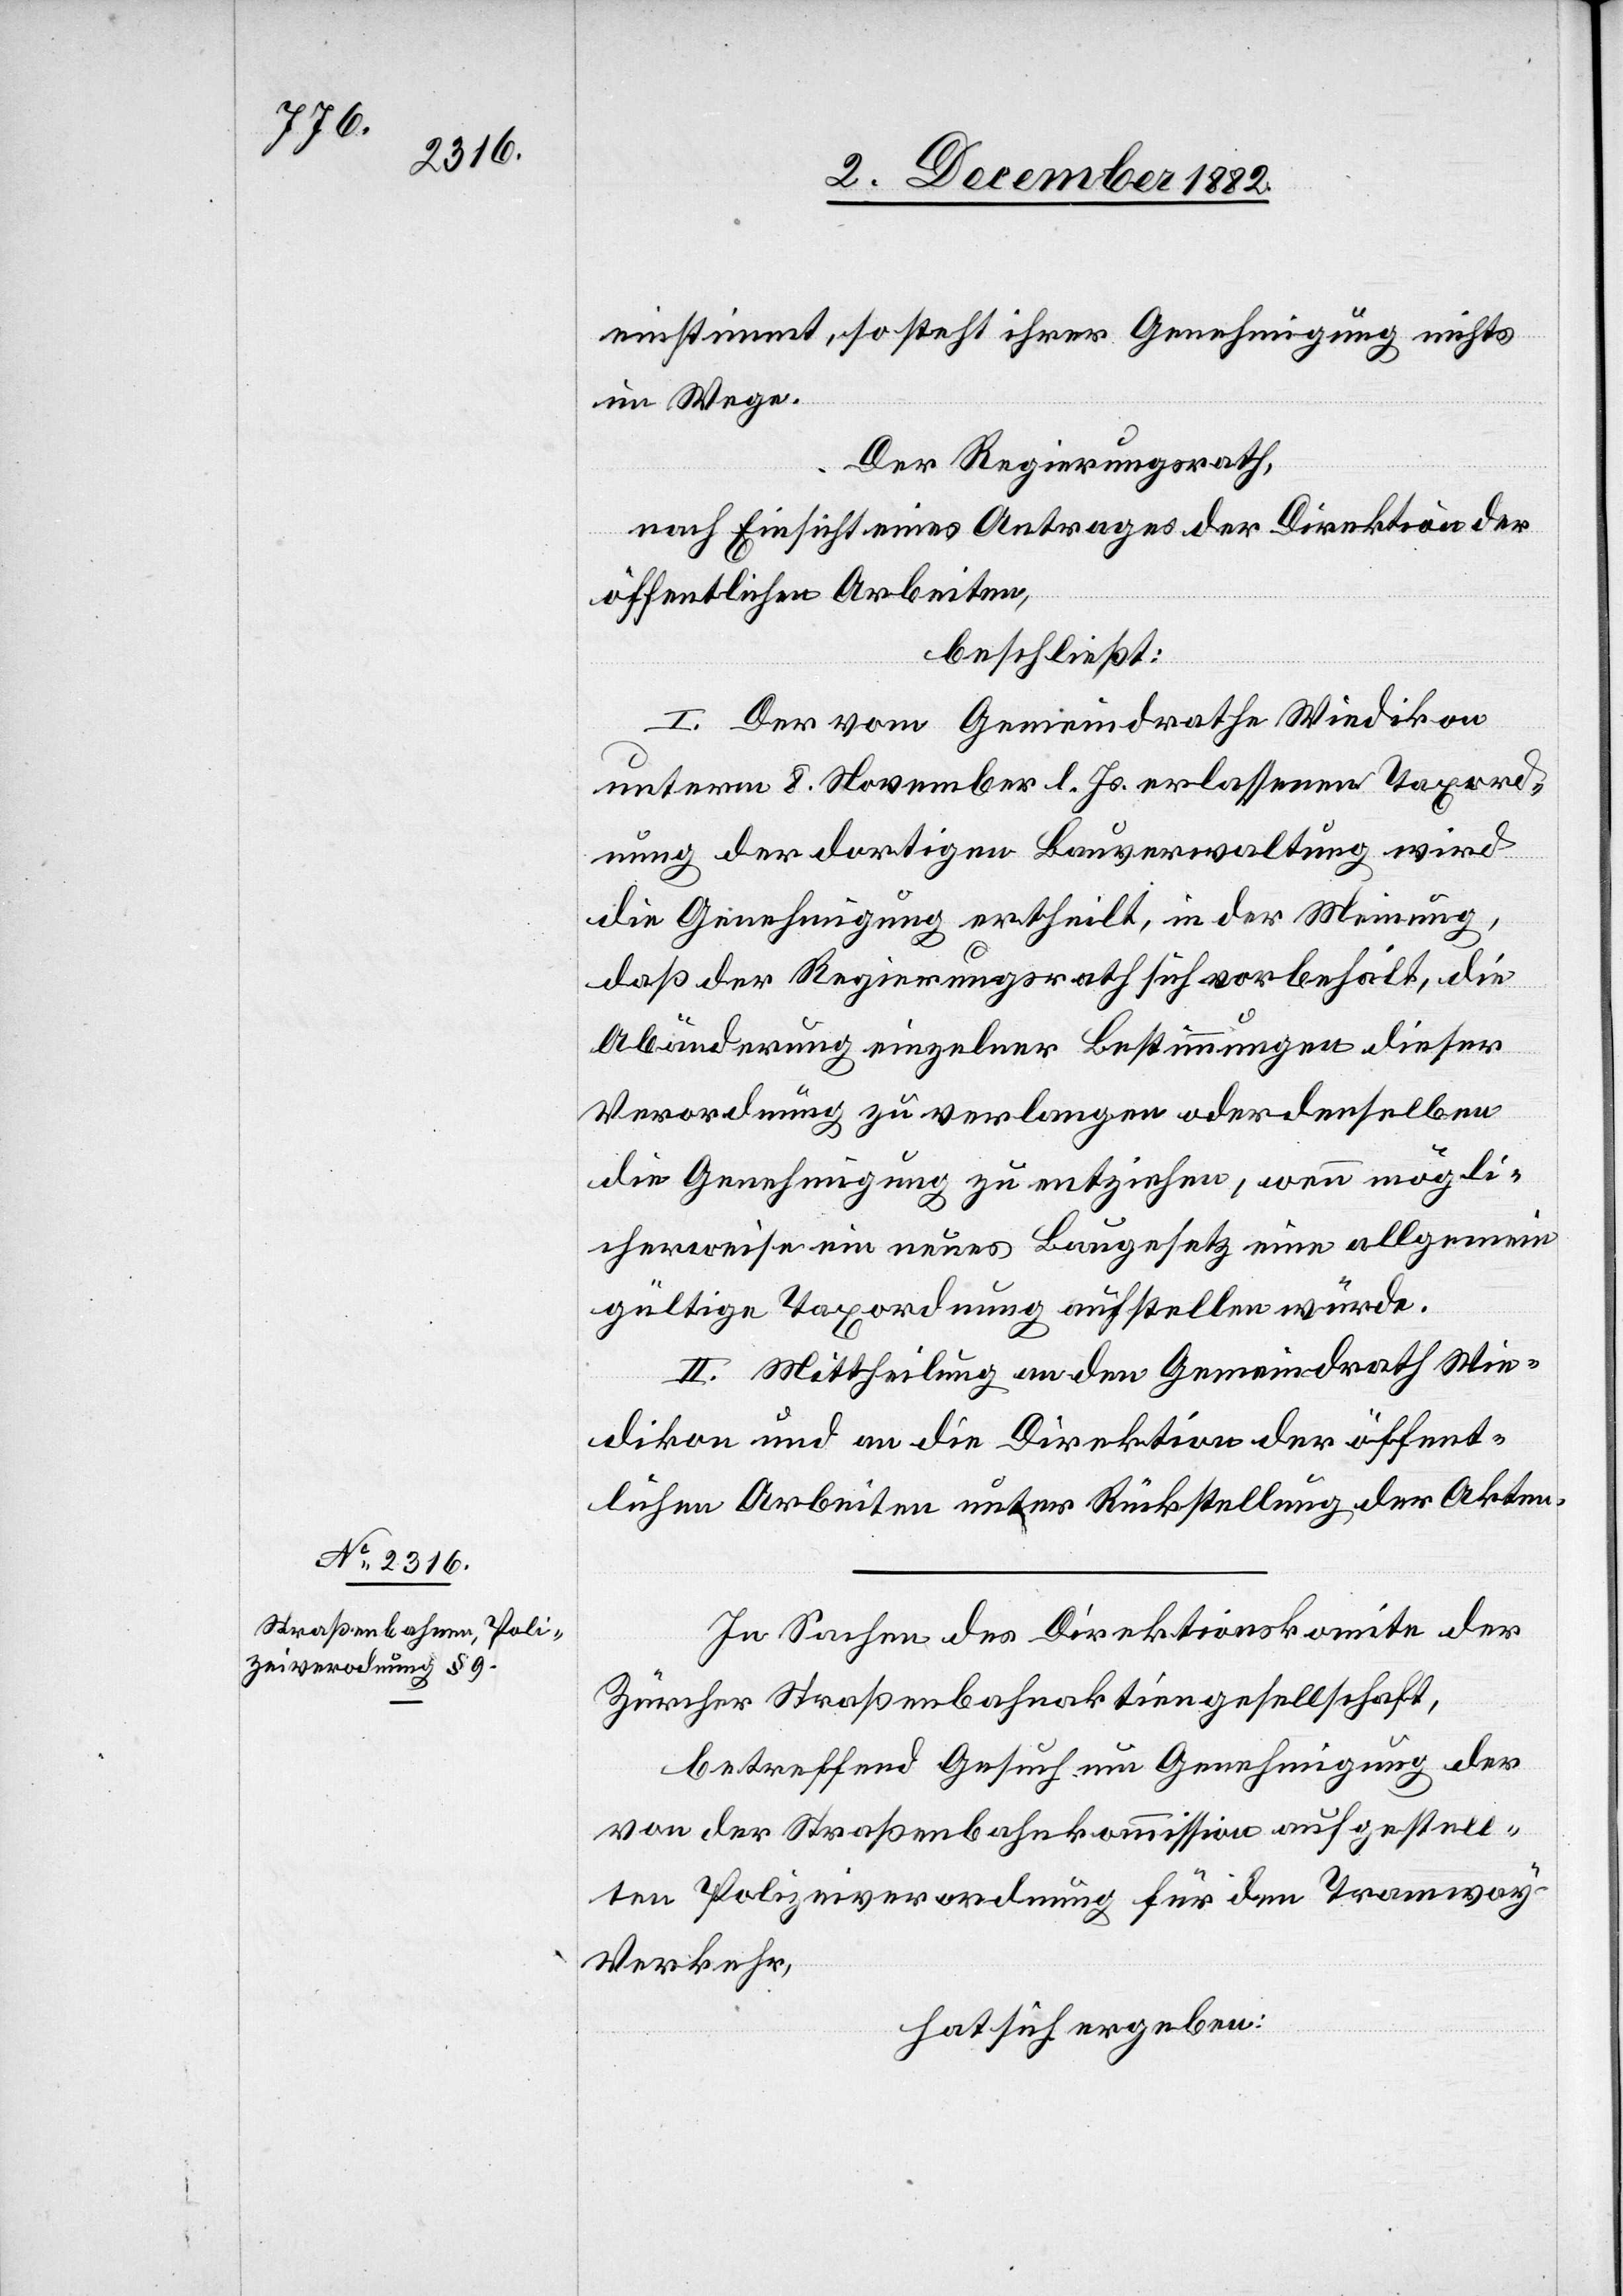
einstimmt, so steht ihrer Genehmigung nichts
im Wege.
Der Regierungsrath,
nach Einsicht eines Antrages der Direktion der
öffentlichen Arbeiten,
beschließt:
I. Der vom Gemeindrathe Wiedikon
unterm 8. November l. Js. erlassenen Taxord¬
nung der dortigen Bauverwaltung wird
die Genehmigung ertheilt, in der Meinung,
daß der Regierungsrath sich vorbehält, die
Abänderung einzelner Bestimmungen dieser
Verordnung zu verlangen oder denselben
die Genehmigung zu entziehen, wenn mögli¬
cherweise ein neues Baugesetz eine allgemein
gültige Taxordnung aufstellen würde.
II. Mittheilung an den Gemeindrath Wie¬
dikon und an die Direktion der öffent¬
lichen Arbeiten unter Rückstellung der Akten.
In Sachen des Direktionskomite der
Zürcher Straßenbahnaktiengesellschaft,
betreffend Gesuch um Genehmigung der
von der Straßenbahnkommission aufgestell¬
ten Polizeiverordnung für den Tramway-V¬
erkehr,
hat sich ergeben: